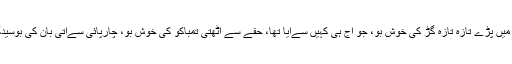
ایک برتن میں پڑے تازہ تازہ گُڑ کی خُوش بُو، جو آج ہی کہیں سےآیا تھا، حقّے سے اُٹھتی تمباکو کی خُوش بُو، چارپائی سےآتی بان کی بوسیدگی کی بُو۔